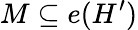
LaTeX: M\subseteq e(H^{\prime})